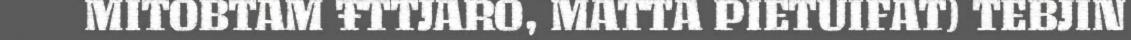
MITOBTAM ŦTTJARO, MATTA PIETUIFAT) TEBJIN